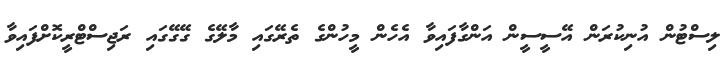
ލިސްޓުން އުނިކުރަން އޭސީސީން އަންގާފައިވާ އެހެން މީހުންގެ ތެރޭގައި މާލޭގެ ގޭގޭގައި ރަޖިސްޓްރީކޮށްފައިވާ